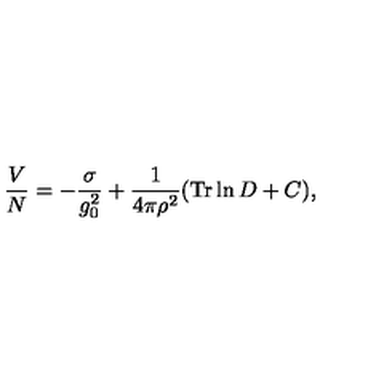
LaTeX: \frac { V } { N } = - \frac { \sigma } { g _ { 0 } ^ { 2 } } + \frac { 1 } { 4 \pi \rho ^ { 2 } } ( \mathrm { T r } \ln D + C ) ,